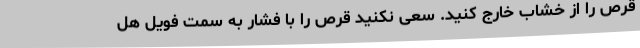
قرص را از خشاب خارج کنید. سعی نکنید قرص را با فشار به سمت فویل هل